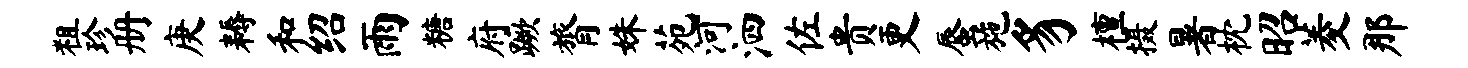
粗珍册庚耨和绍雨糖府蹶膂姝苑河泗佐贵更蜃施豸檀摄暑枕昭菱那